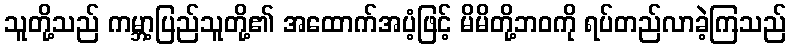
သူတို့သည် ကမ္ဘာ့ပြည်သူတို့၏ အထောက်အပံ့ဖြင့် မိမိတို့ဘဝကို ရပ်တည်လာခဲ့ကြသည်